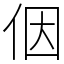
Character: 𪜶